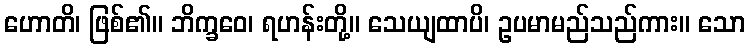
ဟောတိ၊ ဖြစ်၏။ ဘိက္ခဝေ၊ ရဟန်းတို့။ သေယျထာပိ၊ ဥပမာမည်သည်ကား။ သော